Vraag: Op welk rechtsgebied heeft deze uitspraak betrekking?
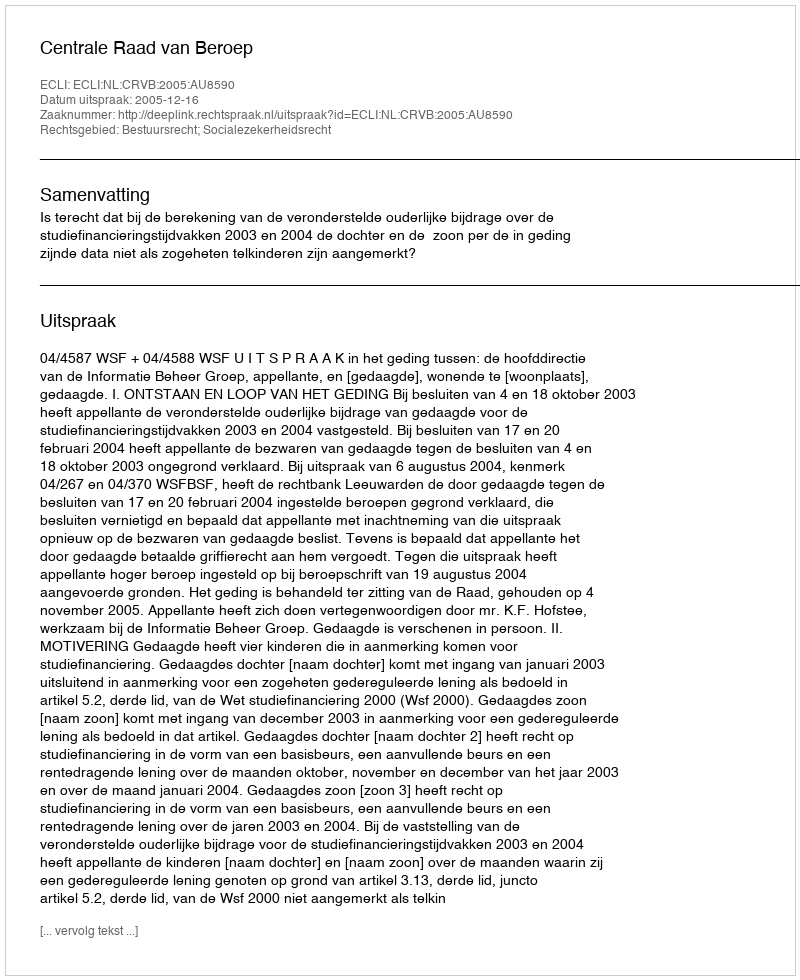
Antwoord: Bestuursrecht; Socialezekerheidsrecht